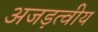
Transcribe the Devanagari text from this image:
अजड़त्वीय